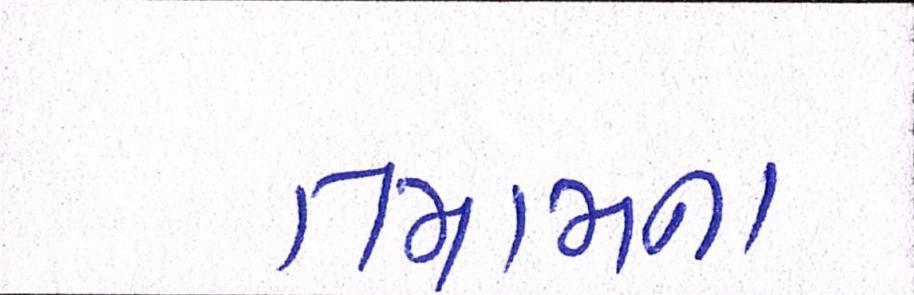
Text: તમામના